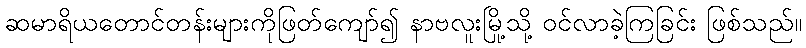
ဆမာရိယတောင်တန်းများကိုဖြတ်ကျော်၍ နာဗလူးမြို့သို့ ဝင်လာခဲ့ကြခြင်း ဖြစ်သည်။